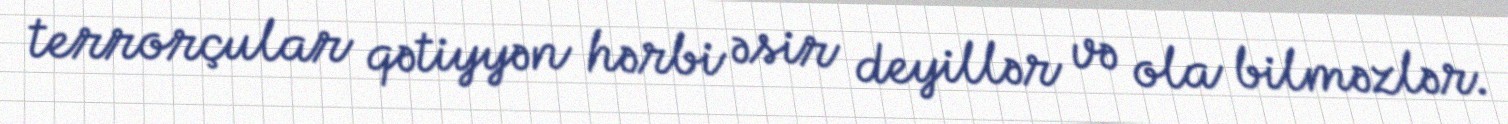
terrorçular qətiyyən hərbi əsir deyillər və ola bilməzlər.